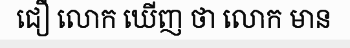
ជឿ លោក ឃើញ ថា លោក មាន